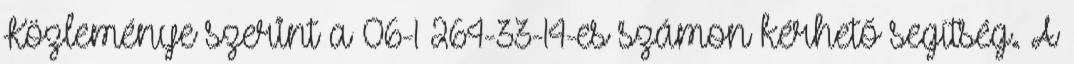
Közleménye szerint a 06-1 264-33-14-es számon kérhető segítség. A